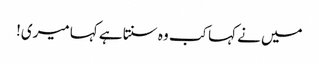
میں نے کہا کب وہ سنتا ہے کہا میری!